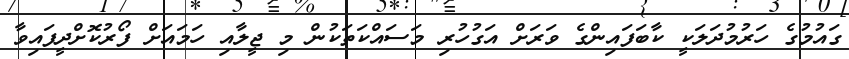
ގައުމުގެ ހަރުމުދަލަކީ ކާބަފައިންގެ ވަރަށް އަގުހުރި މަސައްކަތަކުން މި ޖީލާއި ހަމައަށް ފޯރުކޮށްދީފައިވާ